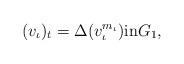
LaTeX: \begin{align*}(v_\iota)_t = \Delta(v_\iota^{m_\iota}) \mbox{in} G_1,\end{align*}